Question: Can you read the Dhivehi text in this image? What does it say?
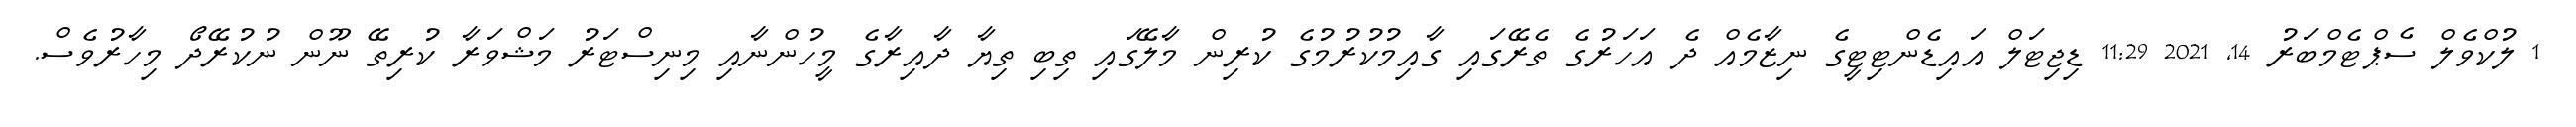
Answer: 1 ލުކްވެލް ސެޕްޓެމްބަރު 14, 2021 11:29 ޑިޖިޓަލް އައިޑެންޓިޓީގެ ނިޒާމެއް ދެ އަހަރުގެ ތެރޭގައި ގާއިމުކުރުމުގެ ކުރިން މާލޭގައި ތިބި ތިޔާ ދާއިރާގެ މީހުންނާއި މިނިސްޓަރު މަޝްވަރާ ކުރިތޭ ނޫން ނުކުރޭދޯ މިހާރުވެސް.